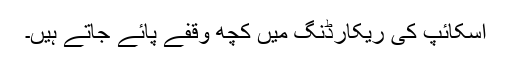
اسکائپ کی ریکارڈنگ میں کچھ وقفے پائے جاتے ہیں۔